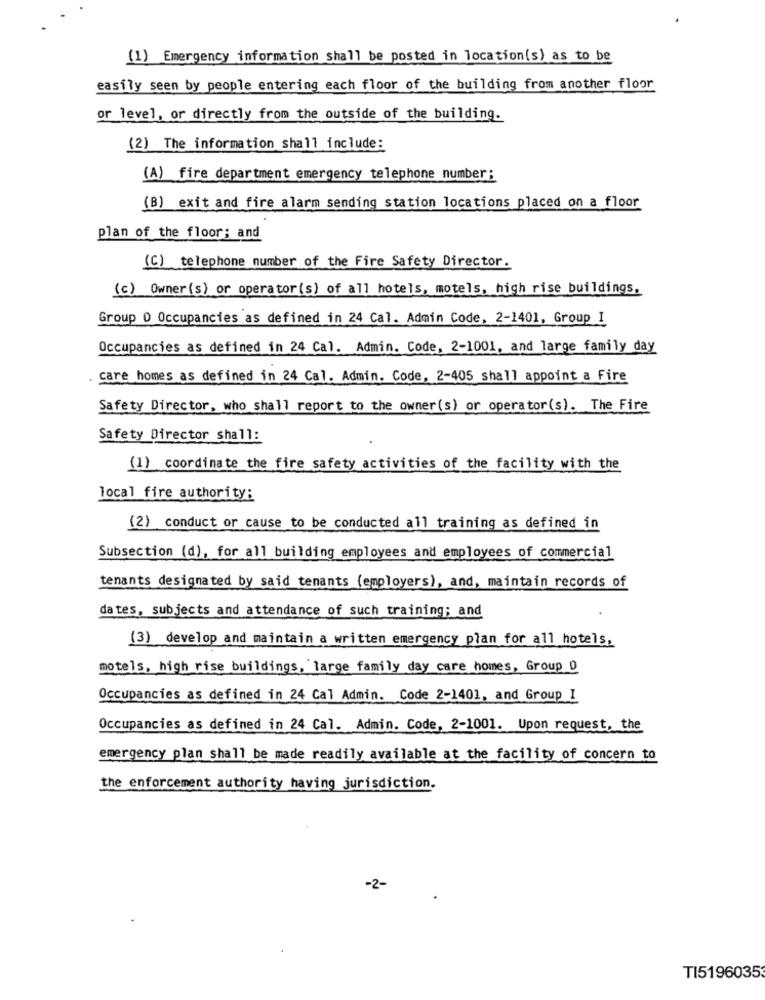
(1) Emergency information shall be posted in location(s) as to be
easily seen by people entering each floor of the building from another floor
or level, or directly from the outside of the building.
(2) The information shall include:
(A) fire department emergency telephone number;
(B) exit and fire alarm sending station locations placed on a floor
plan of the floor; and
(C) telephone number of the Fire Safety Director.
(c) Owner(s) or operator(s) of all hotels, motels, high rise buildings.
Group 0 Occupancies as defined in 24 Cal. Admin Code, 2-1401, Group I
Occupancies as defined in 24 Cal. Admin. Code, 2-1001, and large family day
. care homes as defined in 24 Cal. Admin. Code, 2-405 shall appoint a Fire
Safety Director, who shall report to the owner(s) or operator(s). The Fire
Safety Director shall:
(1) coordinate the fire safety activities of the facility with the
local fire authority:
(2) conduct or cause to be conducted all training as defined in
Subsection (d), for all building employees and employees of commercial
tenants designated by said tenants (employers), and, maintain records of
dates, subjects and attendance of such training; and
(3) develop and maintain a written emergency plan for all hotels,
motels, high rise buildings, large family day care homes, Group D
Occupancies as defined in 24 Cal Admin. Code 2-1401, and Group I
Occupancies as defined in 24 Cal. Admin. Code, 2-1001. Upon request, the
emergency plan shall be made readily available at the facility of concern to
the enforcement authority having jurisdiction.
-2-
TI5196035